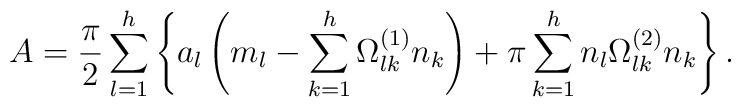
A={\pi\over 2}\sum_{l=1}^h\left\{a_l\left(m_l-\sum_{k=1}^h\Omega_{lk}^{(1)}n_k\right)+\pi\sum_{k=1}^hn_l\Omega_{lk}^{(2)}n_k\right\}.